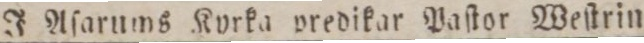
J Aſarums Kvrka predikar Paſtor Weſtrin.